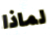
لماذا